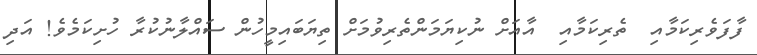
ފާފަވެރިކަމާއި  ތެރިކަމާއި  އާއަށް ނުކިޔަމަންތެރިވުމަށް ތިޔަބައިމީހުން ސައްލާނުކުރާ ހުށިކަމެވެ! އަދި